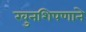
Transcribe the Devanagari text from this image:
खुनशिपणाने